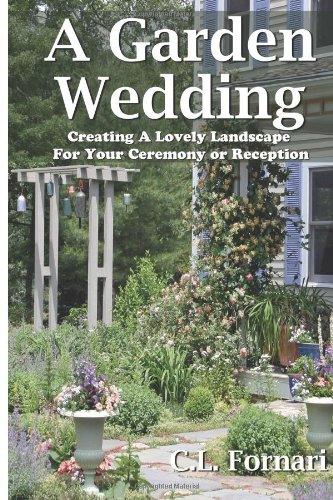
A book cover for A Garden Wedding: Creating A Lovely Landscape for Your Ceremony or Reception; C.L. Fornari; Crafts, Hobbies & Home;